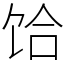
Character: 饸